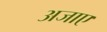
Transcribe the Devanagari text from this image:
अजाए